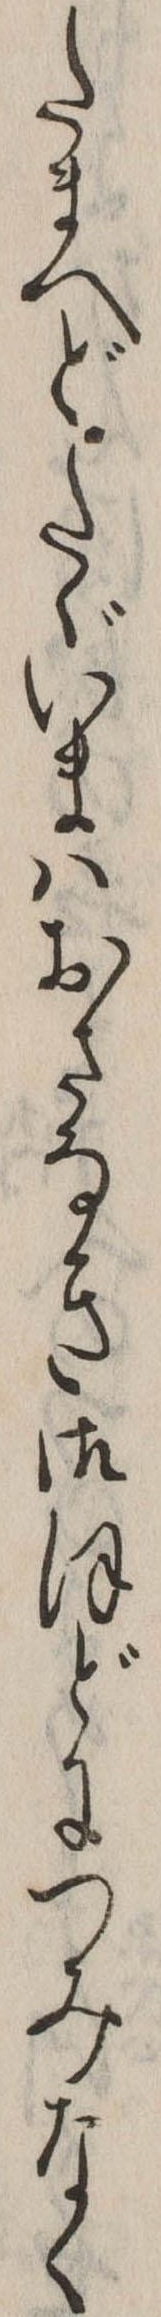
たまへどたゞいまはおさなき御ほどにつみなく